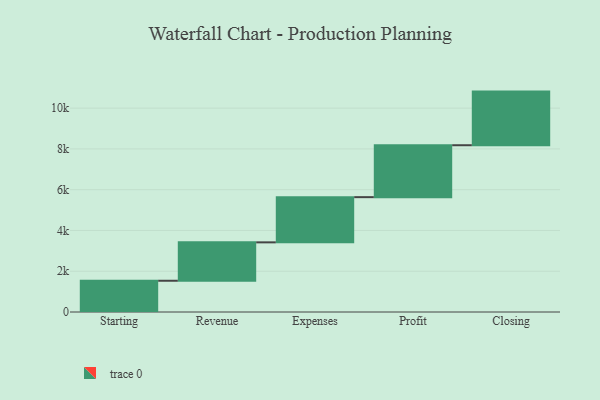
{"axis": {"x": "Step", "y": "Value"}, "legend": [""], "data": [{"x": "Starting", "y": 1533.0, "type": ""}, {"x": "Revenue", "y": 1884.0, "type": ""}, {"x": "Expenses", "y": 2217.0, "type": ""}, {"x": "Profit", "y": 2547.0, "type": ""}, {"x": "Closing", "y": 2631.0, "type": ""}]}